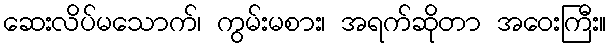
ဆေးလိပ်မသောက်၊ ကွမ်းမစား၊ အရက်ဆိုတာ အဝေးကြီး။